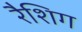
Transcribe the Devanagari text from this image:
रैशिग